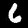
Digit: 6